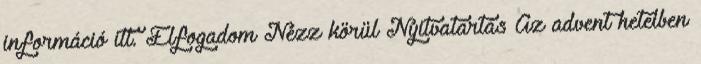
információ itt. Elfogadom Nézz körül Nyitvatartás Az advent heteiben